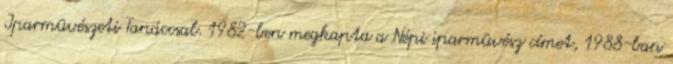
Iparmûvészeti Tanáccsal. 1982-ben megkapta a Népi iparmûvész címet, 1988-ban